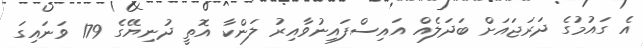
އެ ގައުމުގެ ދަރަޖައަށް ބަދަލެއް އައިސްފައިނުވާއިރު ލަންކާ އޮތީ ދުނިޔޭގެ 179 ވަނައިގަ